Vaccination in Burma 1900-1911 - 1900-1911
Year: 1900
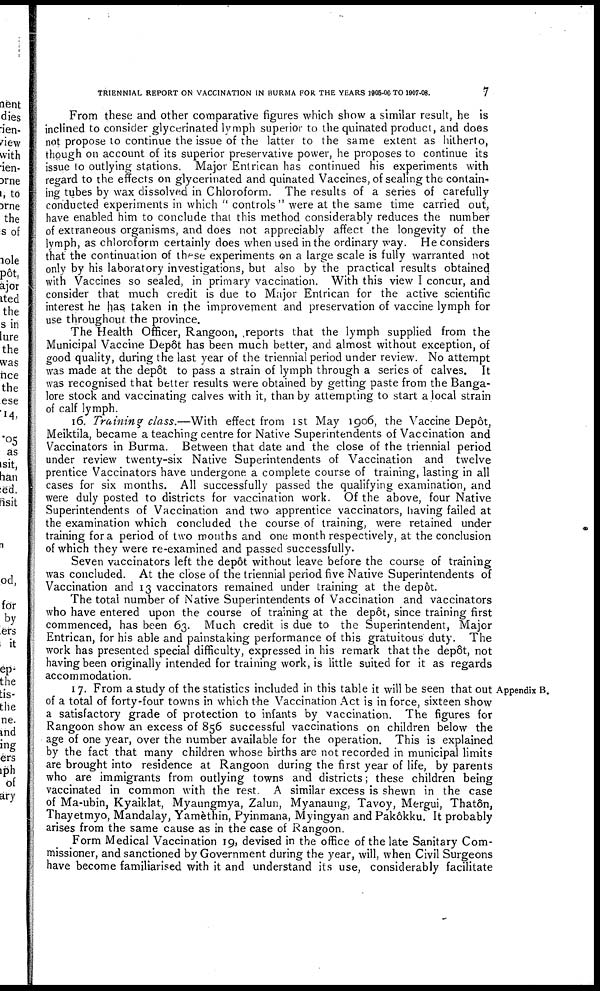
TRIENNIAL REPORT ON VACCINATION IN BURMA FOR THE YEARS 1905-06 TO 1907-08.
7
From these and other comparative figures which show a similar result, he is
inclined to consider glycerinated lymph superior to the quinated product, and does
not propose to continue the issue of the latter to the same extent as hitherto,
though on account of its superior preservative power, he proposes to continue its
issue to outlying stations. Major Entrican has continued his experiments with
regard to the effects on glycerinated and quinated Vaccines, of sealing the contain-
ing tubes by wax dissolved in Chloroform. The results of a series of carefully
conducted experiments in which ''controls" were at the same time carried out,
have enabled him to conclude that this method considerably reduces the number
of extraneous organisms, and does not appreciably affect the longevity of the
lymph, as chloroform certainly does when used in the ordinary way. He considers
that the continuation of these experiments on a large scale is fully warranted not
only by his laboratory investigations, but also by the practical results obtained
with Vaccines so sealed, in primary vaccination. With this view I concur, and
consider that much credit is due to Major Entrican for the active scientific
interest he has taken in the improvement and preservation of vaccine lymph for
use throughout the province.
The Health Officer, Rangoon, reports that the lymph supplied from the
Municipal Vaccine Depôt has been much better, and almost without exception, of
good quality, during the last year of the triennial period under review. No attempt
was made at the depôt to pass a strain of lymph through a series of calves. It
was recognised that better results were obtained by getting paste from the Banga-
lore stock and vaccinating calves with it, than by attempting to start a local strain
of calf lymph.
16. Training class.—With effect from 1st May 1906, the Vaccine Depôt,
Meiktila, became a teaching centre for Native Superintendents of Vaccination and
Vaccinators in Burma. Between that date and the close of the triennial period
under review twenty-six Native Superintendents of Vaccination and twelve
prentice Vaccinators have undergone a complete course of training, lasting in all
cases for six months. All successfully passed the qualifying examination, and
were duly posted to districts for vaccination work. Of the above, four Native
Superintendents of Vaccination and two apprentice vaccinators, having failed at
the examination which concluded the course of training, were retained under
training for a period of two months and one month respectively, at the conclusion
of which they were re-examined and passed successfully.
Seven vaccinators left the depôt without leave before the course of training
was concluded. At the close of the triennial period five Native Superintendents of
Vaccination and 13 vaccinators remained under training at the depôt.
The total number of Native Superintendents of Vaccination and vaccinators
who have entered upon the course of training at the depôt, since training first
commenced, has been 63. Much credit is due to the Superintendent, Major
Entrican, for his able and painstaking performance of this gratuitous duty. The
work has presented special difficulty, expressed in his remark that the depôt, not
having been originally intended for training work, is little suited for it as regards
accommodation.
Appendix B.
17. From a study of the statistics included in this table it will be seen that out
of a total of forty-four towns in which the Vaccination Act is in force, sixteen show
a satisfactory grade of protection to infants by vaccination. The figures for
Rangoon show an excess of 856 successful vaccinations on children below the
age of one year, over the number available for the operation. This is explained
by the fact that many children whose births are not recorded in municipal limits
are brought into residence at Rangoon during the first year of life, by parents
who are immigrants from outlying towns and districts; these children being
vaccinated in common with the rest. A similar excess is shewn in the case
of Ma-ubin, Kyaiklat, Myaungmya, Zalun, Myanaung, Tavoy, Mergui, Thatôn,
Thayetmyo, Mandalay, Yamèthin, Pyinmana, Myingyan and Pakôkku. It probably
arises from the same cause as in the case of Rangoon.
Form Medical Vaccination 19, devised in the office of the late Sanitary Com-
missioner, and sanctioned by Government during the year, will, when Civil Surgeons
have become familiarised with it and understand its use, considerably facilitate